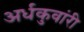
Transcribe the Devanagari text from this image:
अर्धकुवांरी